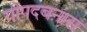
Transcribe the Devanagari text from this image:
गोपदबनास